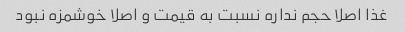
غذا اصلا حجم نداره نسبت به قیمت و اصلا خوشمزه نبود